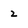
Character: 2